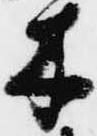
木